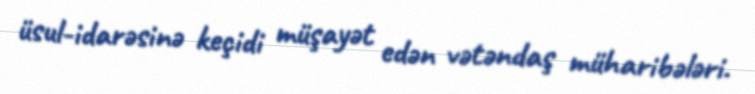
üsul-idarəsinə keçidi müşayət edən vətəndaş müharibələri.